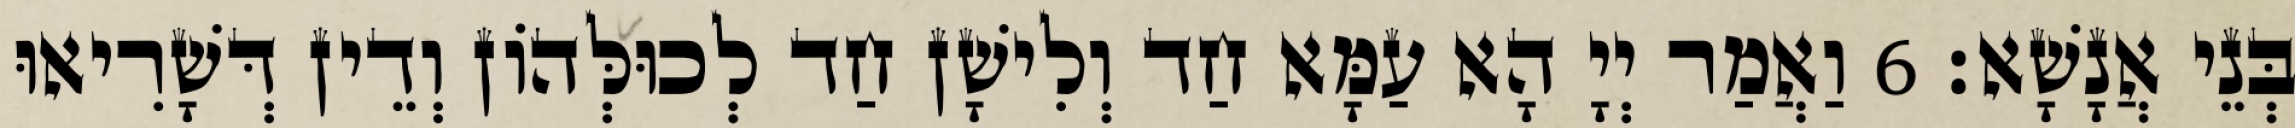
בְּנֵי אֲנָשָׁא׃ 6 וַאֲמַר יְיָ הָא עַמָּא חַד וְלִישָׁן חַד לְכוּלְּהוֹן וְדֵין דְּשָׁרִיאוּ